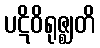
ပဋိဝိရုဇ္ဈတိ